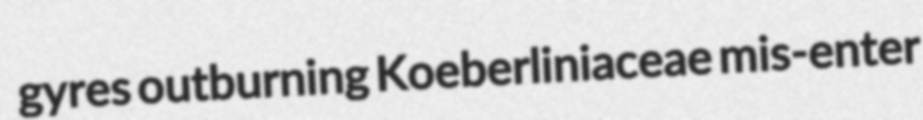
gyres outburning Koeberliniaceae mis-enter